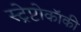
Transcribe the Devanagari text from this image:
स्ट्रेप्टोकॉकी